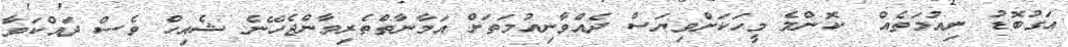
އަގުބޮޑު ނިއުމަތެއް  ކޮންމެ މީހަކަށްވިޔަސް ދެއްވާނިއުމަތަށް އަމާނާތްތެރިވާންޖެހޭނެ ޝެއިހް ވެސް ދައްކަވާ